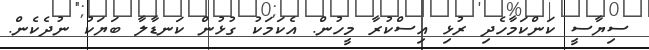
ސިޔާސީ ކަންކަމާހެދި ރުޅި އިސްކުރާ މީހުން. އެކަމަކު ގުޅުން ކަނޑާލާ ބަޔަކު ނުދެކެން.